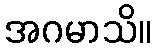
အဂမာသိ။